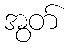
အွတ်